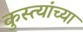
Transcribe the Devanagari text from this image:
कुस्त्यांच्या